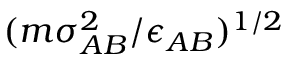
( m \sigma _ { A B } ^ { 2 } / \epsilon _ { A B } ) ^ { 1 / 2 }